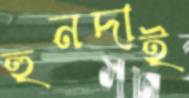
হুনদাই